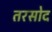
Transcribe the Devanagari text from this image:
तरसोद